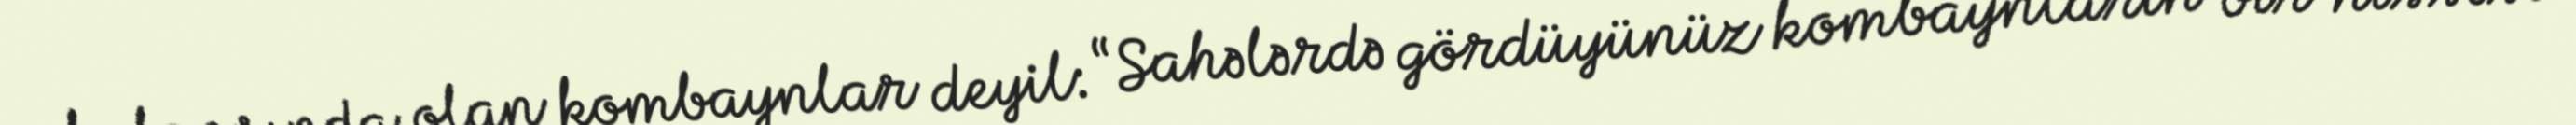
balansında olan kombaynlar deyil: “Sahələrdə gördüyünüz kombaynların bir hissəsi